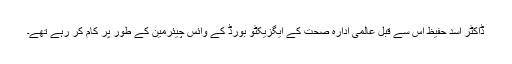
ڈاکٹر اسد حفیظ اس سے قبل عالمی ادارہ صحت کے ایگزیکٹو بورڈ کے وائس چیئرمین کے طور پر کام کر رہے تھے۔